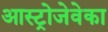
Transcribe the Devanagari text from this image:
आस्ट्रोजेवेका